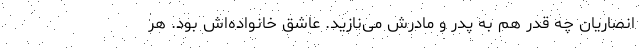
انصاریان چه قدر هم به پدر و مادرش می‌نازید. عاشق خانواده‌اش بود. هر